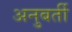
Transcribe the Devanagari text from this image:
अनुबर्ती